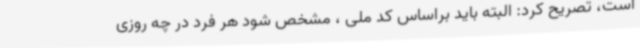
است، تصریح کرد: البته باید براساس کد ملی ، مشخص شود هر فرد در چه روزی